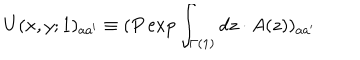
U ( x , y ; 1 ) _ { a a ^ { \prime } } \equiv ( P \exp \int _ { \Gamma ( 1 ) } d z \cdot A ( z ) ) _ { a a ^ { \prime } }